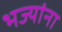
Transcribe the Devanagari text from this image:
भज्यांना